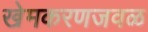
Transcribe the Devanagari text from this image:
खेमकरणजवळ